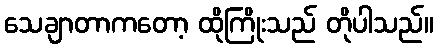
သေချာတာကတော့ ထိုကြိုးသည် တိုပါသည်။